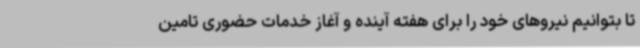
تا بتوانیم نیروهای خود را برای هفته آینده و آغاز خدمات حضوری تامین